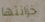
خزانتها